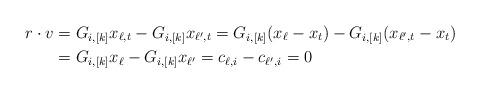
LaTeX: \begin{align*}r \cdot v&=G_{i, [k]} x_{\ell,t}-G_{i, [k]} x_{\ell', t}=G_{i, [k]}(x_{\ell}-x_t)-G_{i, [k]} (x_{\ell', t}-x_t)\\&=G_{i, [k]} x_{\ell}-G_{i, [k]} x_{\ell'}=c_{\ell, i}-c_{\ell', i}=0\end{align*}